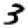
Digit: 3